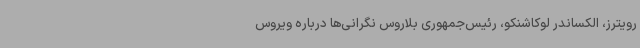
رویترز، الکساندر لوکاشنکو، رئیس‌جمهوری بلاروس نگرانی‌ها درباره ویروس